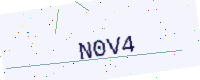
Text: N0V4